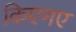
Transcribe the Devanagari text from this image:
किएगए